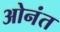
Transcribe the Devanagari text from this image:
ओनंत